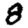
Digit: 8